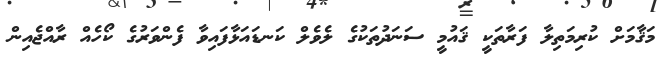
މަޤާމަށް ކުރިމަތިލާ ފަރާތަކީ ޤައުމީ ސަނަދުތަކުގެ ލެވެލް ކަނޑައަޅާފައިވާ ފެންވަރުގެ ކޯހެއް ރާއްޖެއިން